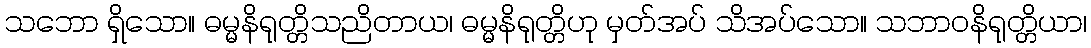
သဘော ရှိသော။ ဓမ္မနိရုတ္တိသညိတာယ၊ ဓမ္မနိရုတ္တိဟု မှတ်အပ် သိအပ်သော။ သဘာဝနိရုတ္တိယာ၊